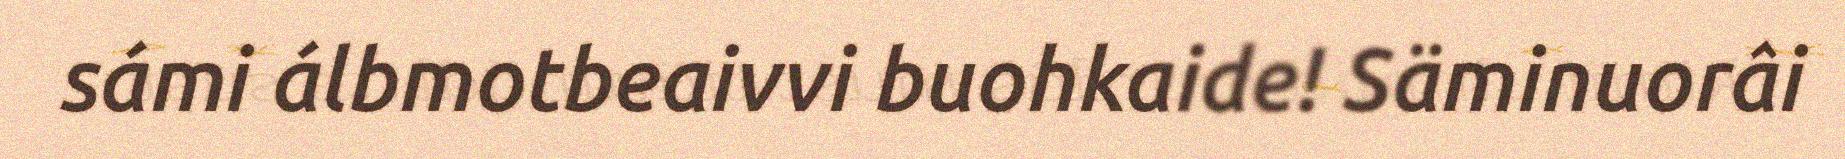
sámi álbmotbeaivvi buohkaide! Säminuorâi